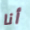
أنا